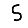
Digit: 5